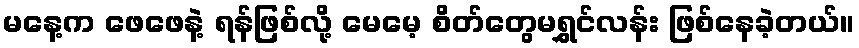
မနေ့က ဖေဖေနဲ့ ရန်ဖြစ်လို့ မေမေ့ စိတ်တွေမရွှင်လန်း ဖြစ်နေခဲ့တယ်။